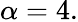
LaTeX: \alpha=4.